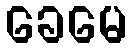
ခေမေ